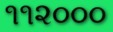
૧૧૨૦૦૦